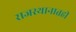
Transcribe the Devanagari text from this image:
राजस्थानातही